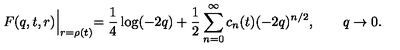
F ( q , t , r ) \Bigl | _ { r = \rho ( t ) } = \frac { 1 } { 4 } \log ( - 2 q ) + \frac { 1 } { 2 } \sum _ { n = 0 } ^ { \infty } c _ { n } ( t ) ( - 2 q ) ^ { n / 2 } , \qquad q \to 0 .